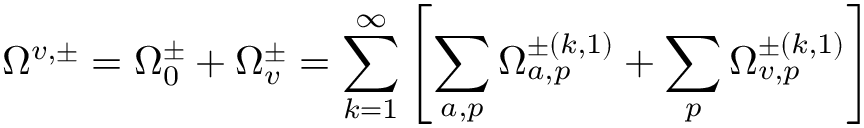
\Omega ^ { v , \pm } = \Omega _ { 0 } ^ { \pm } + \Omega _ { v } ^ { \pm } = \sum _ { k = 1 } ^ { \infty } \left[ \sum _ { a , p } \Omega _ { a , p } ^ { \pm ( k , 1 ) } + \sum _ { p } \Omega _ { v , p } ^ { \pm ( k , 1 ) } \right]